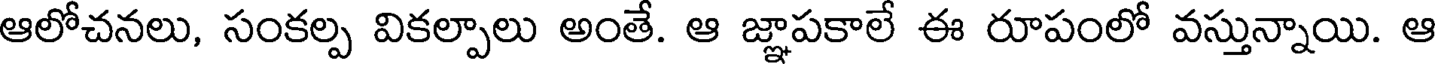
ఆలోచనలు, సంకల్ప వికల్పాలు అంతే. ఆ జ్ఞాపకాలే ఈ రూపంలో వస్తున్నాయి. ఆ